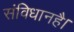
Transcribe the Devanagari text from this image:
संविधानहै।